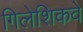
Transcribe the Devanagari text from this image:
गिलेशिकवे